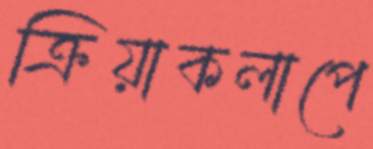
ক্রিয়াকলাপে